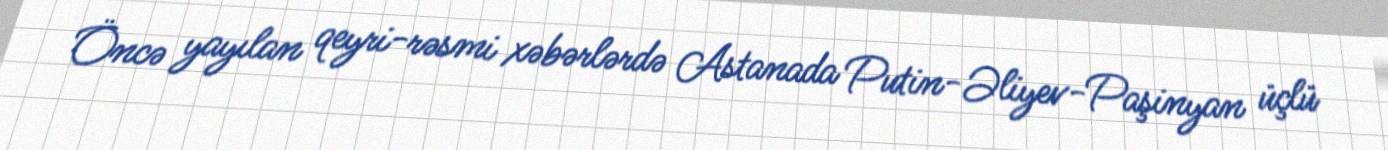
Öncə yayılan qeyri-rəsmi xəbərlərdə Astanada Putin-Əliyev-Paşinyan üçlü